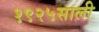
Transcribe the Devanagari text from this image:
१९२५साली